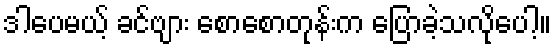
ဒါပေမယ့် ခင်ဗျား စောစောတုန်းက ပြောခဲ့သလိုပေါ့။